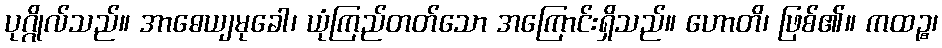
ပုဂ္ဂိုလ်သည်။ အာဓေယျမုခေါ၊ ယုံကြည်တတ်သော အကြောင်းရှိသည်။ ဟောတိ၊ ဖြစ်၏။ ကထဉ္စ၊